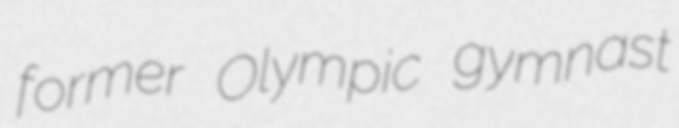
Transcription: former Olympic gymnast